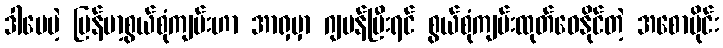
ဒါပေမဲ့ မြန်မာ့စွယ်စုံကျမ်းဟာ အာရှမှာ ဂျပန်ပြီးရင် စွယ်စုံကျမ်းထုတ်ဝေနိုင်တဲ့ အစောပိုင်း